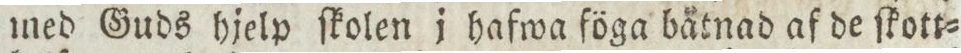
med Guds hielp ſkolen i hafwa föga båtnad af de ſkott=